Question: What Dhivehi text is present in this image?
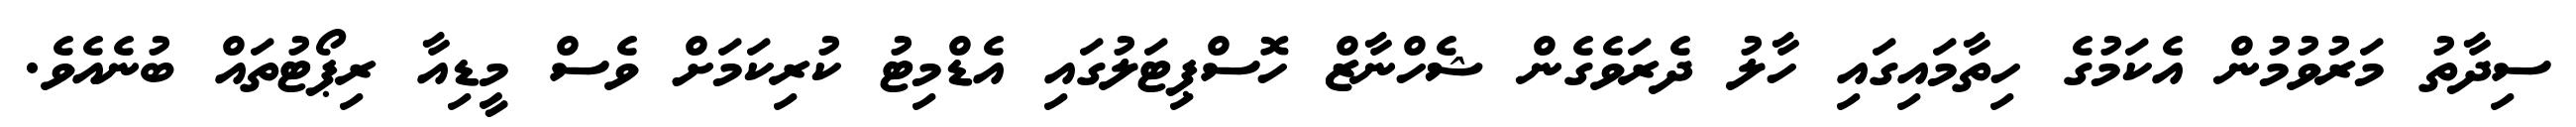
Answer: ސިދާތު މަރުވުމުން އެކަމުގެ ހިތާމައިގައި ހާލު ދެރަވެގެން ޝެހްނާޒް ހޮސްޕިޓަލުގައި އެޑްމިޓު ކުރިކަމަށް ވެސް މީޑިއާ ރިޕޯޓުތައް ބުނެއެވެ.